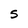
Character: 5